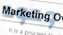
وعود